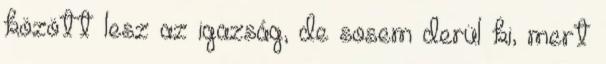
között lesz az igazság, de sosem derül ki, mert